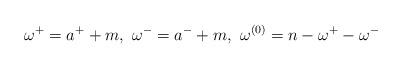
LaTeX: \begin{align*}\omega^+=a^++m,\,\,\omega^-=a^-+m, \,\,\omega^{(0)}=n-\omega^+-\omega^-\end{align*}